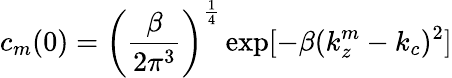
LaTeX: c_{m}(0)=\left(\frac{\beta}{2\pi^{3}}\right)^{\frac{1}{4}}\exp[-\beta(k_{z}^{m}-k_{c})^{2}]